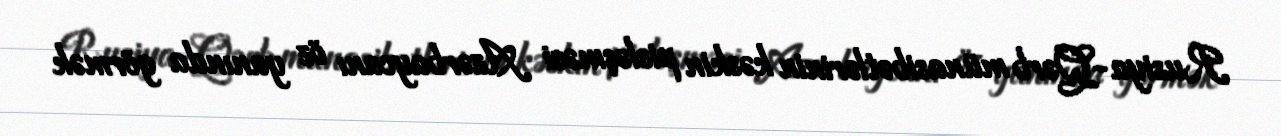
Rusiya-Qərb münasibətlərinin kəskin pisləşməsi Azərbaycanı öz yanında görmək